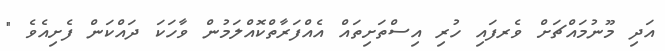
އަދި މޫނުމައްޗަށް ވެރފައި ހުރި އިސްތަށިތައް އެއްފަރާތްކޮއްލަމުން ވާހަކަ ދައްކަން ފެށިއެވެ "